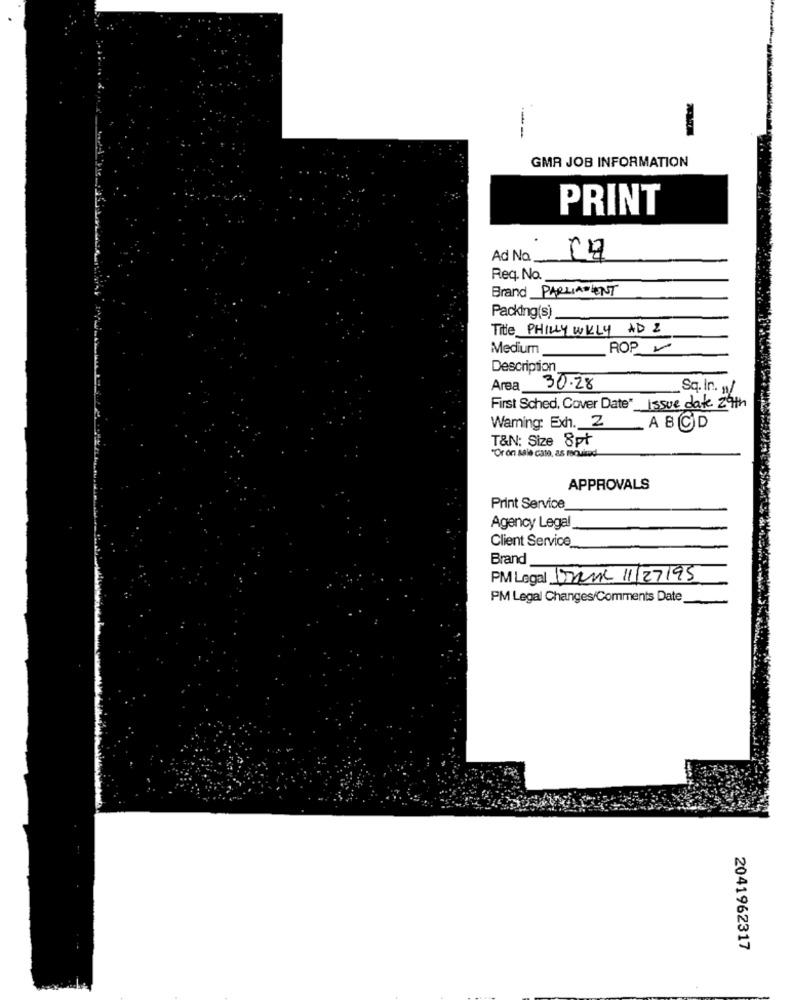
GMA JOB INFORMATION
PRINT
Ad No
Reg. No.
Brand PARLIAMENT
Packing(s)
Title PHILLY WKLY AD 2
Medium
ROP
Description
Area 30.28
Sq. In. /
First Sched, Cover Date"_
Issue date 24th
Waming: Exh. 2
ABCD
T&N: Size 8pt
"Or on sale case, as required
APPROVALS
Print Service
Agency Legal
Client Service
Brand
PM Legal Drama 11/27/95
PM Legal Changes/Comments Date
2041962317